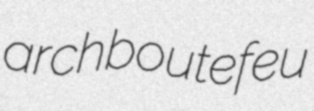
archboutefeu